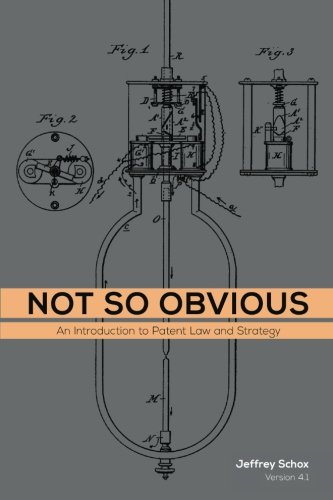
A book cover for Not So Obvious: An Introduction to Patent Law and Strategy; Jeffrey Schox; Law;